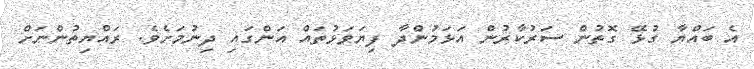
އެ ބައްޔާ ގުޅޭ ގޮތުން ސަރުކާރުން އަޅަމުންދާ ފިޔަވަޅުތައް އަންގައި ދިނުމަށެވެ. ރައްޔިތުންނަށް